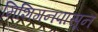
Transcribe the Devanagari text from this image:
मिशिगनपासून